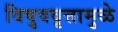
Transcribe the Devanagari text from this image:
विषुववृत्तामुळे